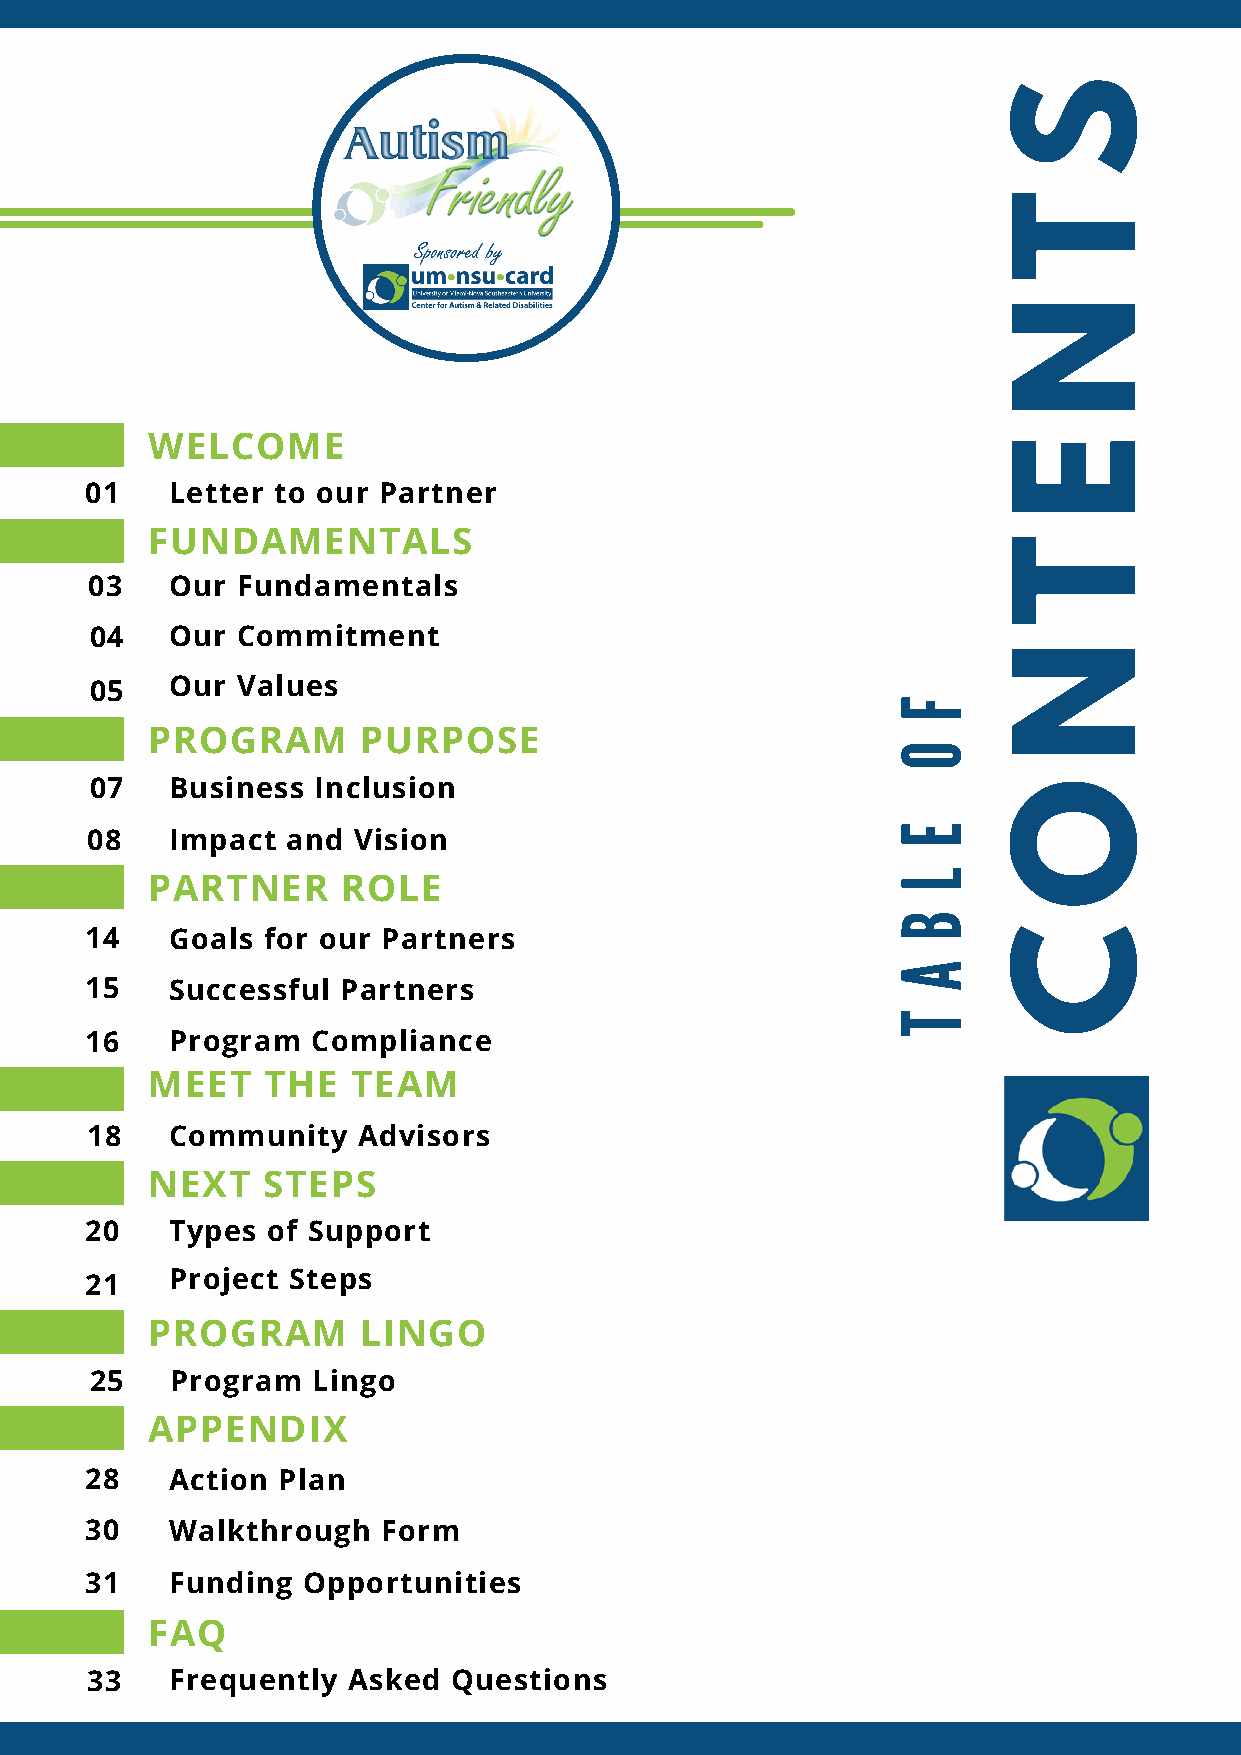
S
 T
 N
 WELCOME                                                    E
 01   Letter to our Partner
 FUNDAMENTALS
 T
 03   Our  Fundamentals
 04   Our  Commitment
 N
 05   Our  Values
 F
 PROGRAM       PURPOSE
 O
 07   Business  Inclusion                                       O
 E
 08   Impact  and Vision
 L
 PARTNER      ROLE
 B
 14   Goals for our Partners                                    C
 A
 15   Successful  Partners
 T
 16   Program   Compliance
 MEET   THE   TEAM
 18   Community    Advisors
 NEXT   STEPS
 20   Types  of Support
 21   Project Steps
 PROGRAM       LINGO
 25   Program   Lingo
 APPENDIX
 28   Action Plan
 30   Walkthrough   Form
 31   Funding  Opportunities
 FAQ
 33   Frequently  Asked  Questions